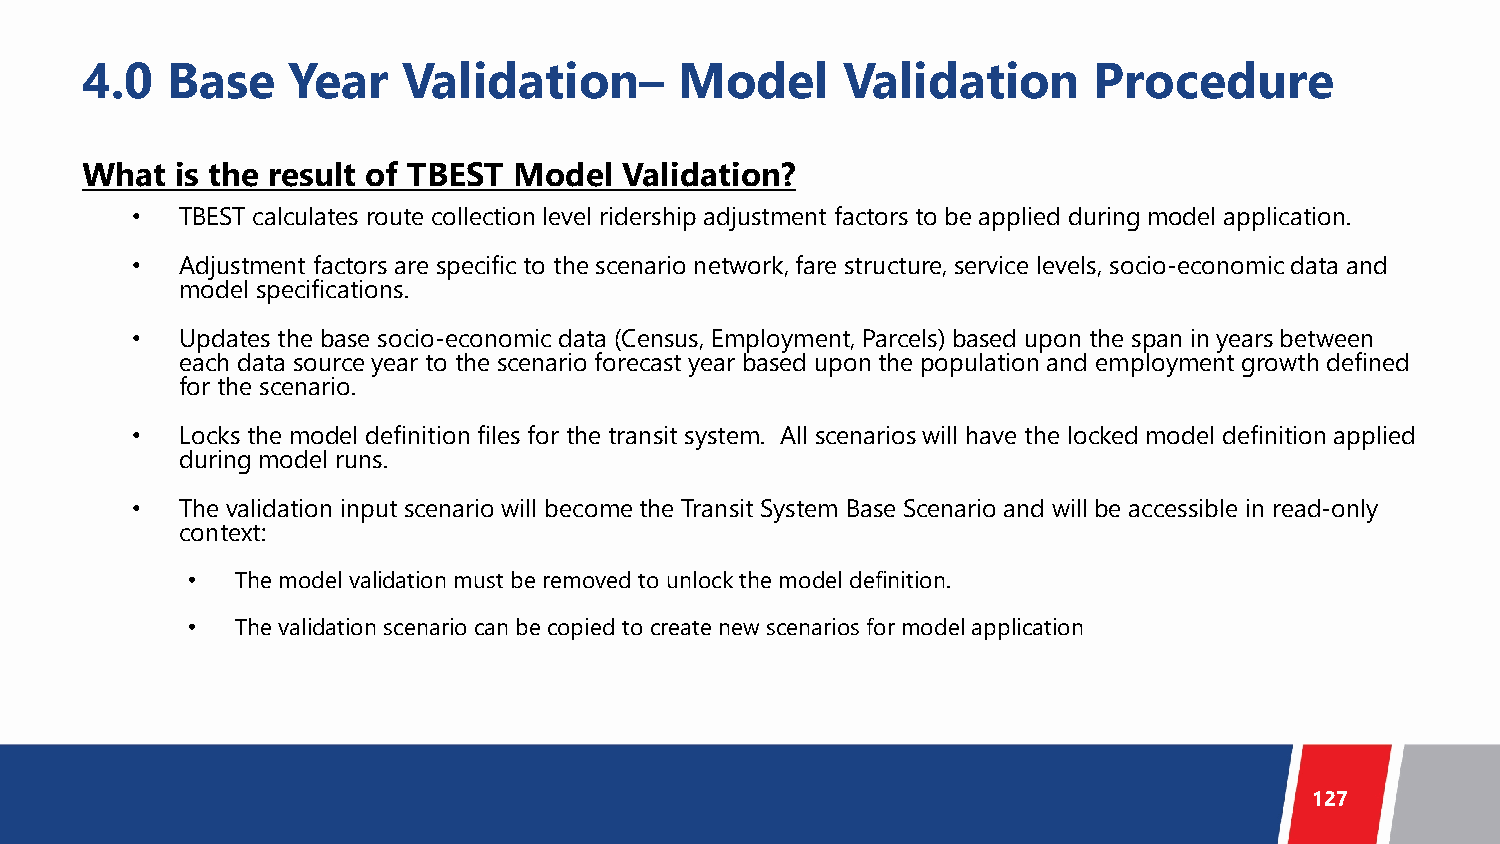
4.0   Base    Year    Validation–       Model      Validation      Procedure
 What   is the result of TBEST Model Validation?
 •  TBEST calculates route collection level ridership adjustment factors to be applied during model application.
 •  Adjustment factors are specific to the scenario network, fare structure, service levels, socio-economic data and
 model specifications.
 •  Updates the base socio-economic data (Census, Employment, Parcels) based upon the span in years between
 each data source year to the scenario forecast year based upon the population and employment growth defined
 for the scenario.
 •  Locks the model definition files for the transit system. All scenarios will have the locked model definition applied
 during model runs.
 •  The validation input scenario will become the Transit System Base Scenario and will be accessible in read-only
 context:
 •   The model validation must be removed to unlock the model definition.
 •   The validation scenario can be copied to create new scenarios for model application
 127